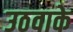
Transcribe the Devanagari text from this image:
उठवाके